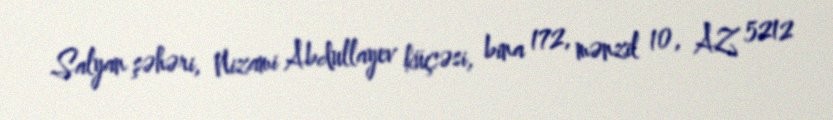
Salyan şəhəri, Nizami Abdullayev küçəsi, bina 172, mənzil 10, AZ 5212